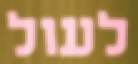
לעול